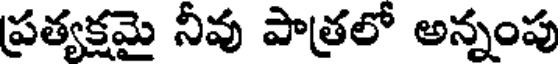
ప్రత్యక్షమై నీవు పాత్రలో అన్నంపు